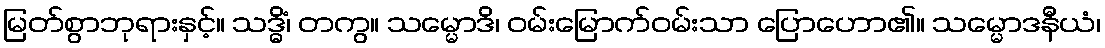
မြတ်စွာဘုရားနှင့်။ သဒ္ဓိံ၊ တကွ။ သမ္မောဒိ၊ ဝမ်းမြောက်ဝမ်းသာ ပြောဟော၏။ သမ္မောဒနီယံ၊